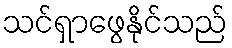
သင်ရှာဖွေနိုင်သည်